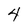
Character: 4